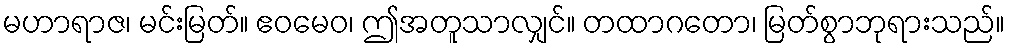
မဟာရာဇ၊ မင်းမြတ်။ ဧဝမေဝ၊ ဤအတူသာလျှင်။ တထာဂတော၊ မြတ်စွာဘုရားသည်။